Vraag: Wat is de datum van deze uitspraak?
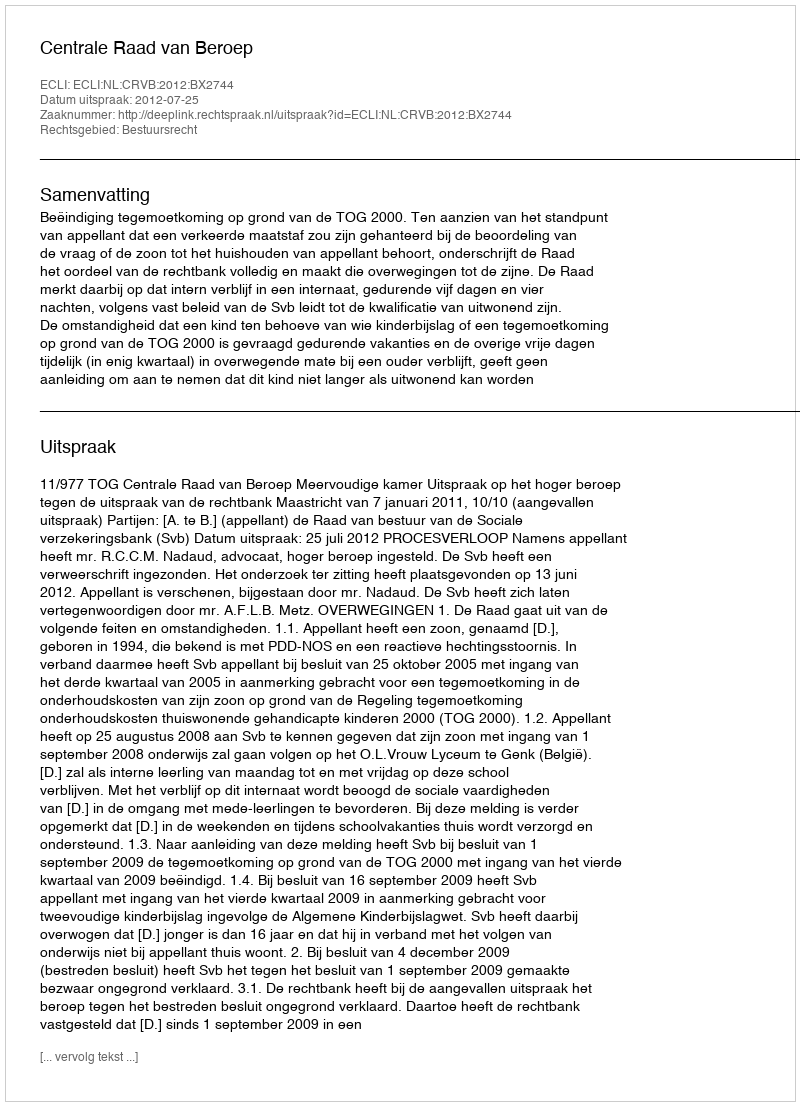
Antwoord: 2012-07-25